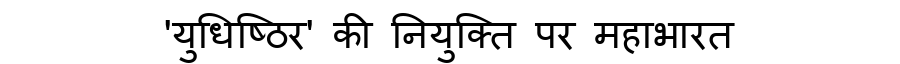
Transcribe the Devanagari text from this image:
'युधिष्ठिर' की नियुक्ति पर महाभारत